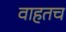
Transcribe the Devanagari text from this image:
वाहतच